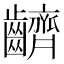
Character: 䶩